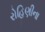
રોહિણીના